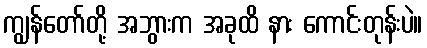
ကျွန်တော်တို့ အဘွားက အခုထိ နား ကောင်းတုန်းပဲ။